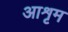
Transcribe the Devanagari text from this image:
आशृम